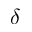
\delta